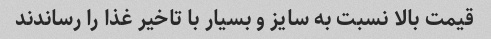
قیمت بالا نسبت به سایز و بسیار‌ با تاخیر غذا‌ را رساندند